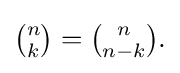
{\textstyle {\binom {n}{k}}={\binom {n}{n-k}}.}